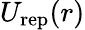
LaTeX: U_{\mathrm{rep}}(r)